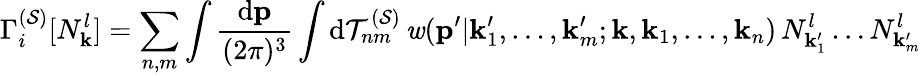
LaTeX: \Gamma_{i}^{({\cal S})}[N_{\mathbf k}^{l}]=\sum_{n,m}\int\frac{\mathrm{d}{\mathbf p}}{(2\pi)^{3}}\int\mathrm{d}{\cal T}_{nm}^{({\cal S})}\, {\mathit w}({\mathbf p}^{\prime}\vert{\mathbf k}_{1}^{\prime},\ldots,{\mathbf k}_{m}^{\prime};{\mathbf k},{\mathbf k}_{1},\ldots,{\mathbf k}_{n})\, N_{{\mathbf k}_{1}^{\prime}}^{l}\ldots N_{{\mathbf k}_{m}^{\prime}}^{l}